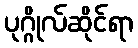
ပုဂ္ဂိုလ်ဆိုင်ရာ